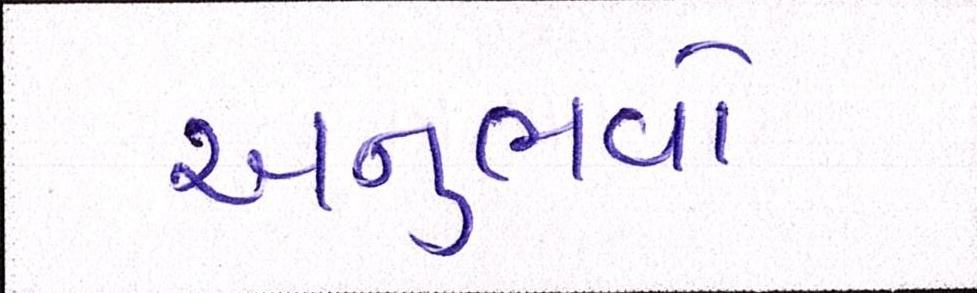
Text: અનુભવો